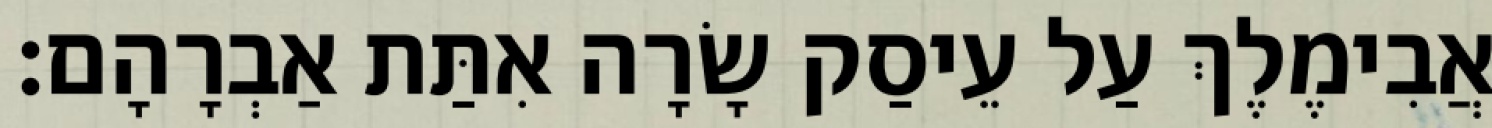
אֲבִימֶלֶךְ עַל עֵיסַק שָׂרָה אִתַּת אַבְרָהָם׃